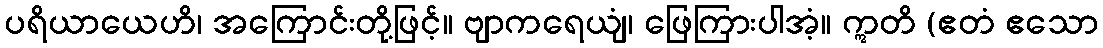
ပရိယာယေဟိ၊ အကြောင်းတို့ဖြင့်။ ဗျာကရေယျံ၊ ဖြေကြားပါအံ့။ ဣတိ (ဧတံ ဧသော